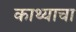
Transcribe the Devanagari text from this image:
काथ्याचा